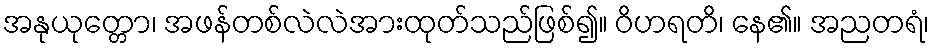
အနုယုတ္တော၊ အဖန်တစ်လဲလဲအားထုတ်သည်ဖြစ်၍။ ဝိဟရတိ၊ နေ၏။ အညတရံ၊